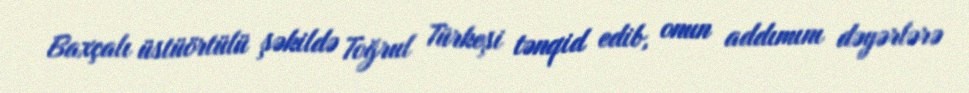
Baxçalı üstüörtülü şəkildə Toğrul Türkeşi tənqid edib, onun addımını dəyərlərə